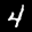
Label: 4